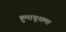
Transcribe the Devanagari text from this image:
हुमायूनामा